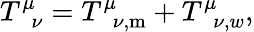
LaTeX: T_{\, \, \, \nu}^{\mu}=T_{\, \, \, \nu,\mathrm{{m}}}^{\mu}+T_{\, \, \, \nu,w}^{\mu},